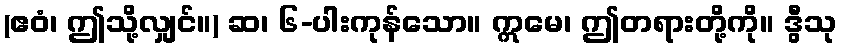
(ဧဝံ၊ ဤသို့လျှင်။) ဆ၊ ၆-ပါးကုန်သော။ ဣမေ၊ ဤတရားတို့ကို။ ဒွီသု